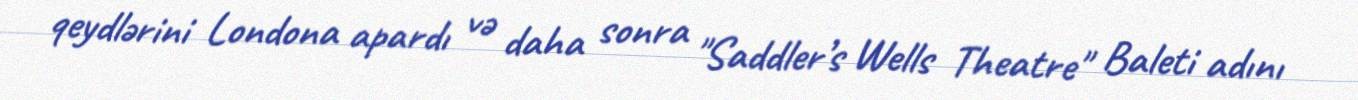
qeydlərini Londona apardı və daha sonra "Saddler’s Wells Theatre" Baleti adını